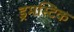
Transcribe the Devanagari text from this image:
ड्रमस्टिक